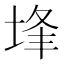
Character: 埄